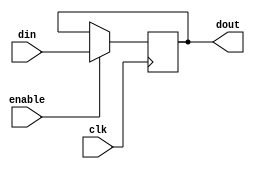
module enable_single_register (clk,din,dout,enable);
    input         clk;
    input [31:0]  din;
    input         enable;
    output [31:0] dout;
    
    reg [31:0]    register;
    
    assign dout = register;
    
    always @( posedge clk)
       if(enable)
          register <= din;
endmodule